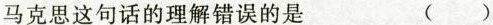
马克思这句话的理解错误的是 ( )